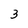
Character: 3